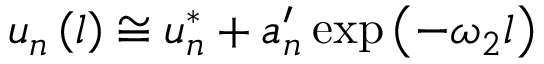
u _ { n } \left( l \right) \cong u _ { n } ^ { * } + a _ { n } ^ { \prime } \exp \left( - \omega _ { 2 } l \right)